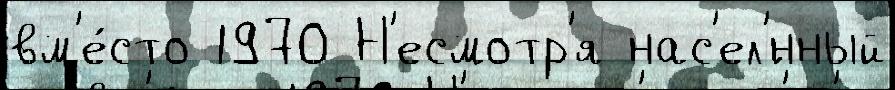
вм'е́сто 1970 Н'есмотр'я нас'ел'́нный